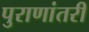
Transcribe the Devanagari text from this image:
पुराणांतरीं